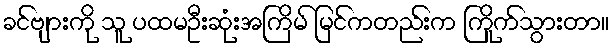
ခင်ဗျားကို သူ ပထမဦးဆုံးအကြိမ် မြင်ကတည်းက ကြိုက်သွားတာ။